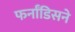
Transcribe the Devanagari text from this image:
फर्नांडिसने